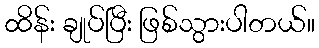
ထိန်း ချုပ်ပြီး ဖြစ်သွားပါတယ်။